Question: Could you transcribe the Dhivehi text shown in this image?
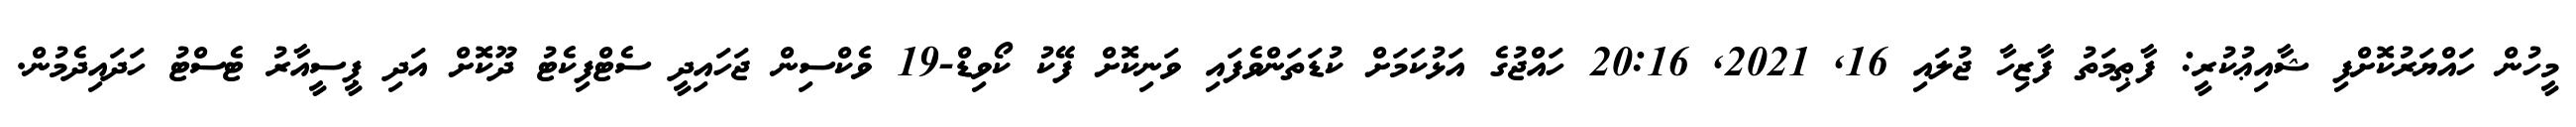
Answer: މީހުން ހައްޔަރުކޮށްފި ޝާއިޢުކުރީ: ފާޠިމަތު ފާޒިހާ ޖުލައި 16, 2021, 20:16 ހައްޖުގެ އަޅުކަމަށް ކުޑަތަންވެފައި ވަނިކޮށް ފޭކު ކޯވިޑް-19 ވެކްސިން ޖަހައިދީ ސެޓްފިކެޓު ދޫކޮށް އަދި ޕީސީއާރު ޓެސްޓު ހަދައިދެމުން.